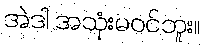
အဲဒါ အသုံးမဝင်ဘူး။